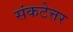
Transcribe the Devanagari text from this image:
संकटेत्तर